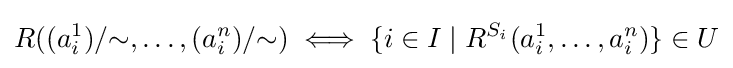
R((a_{i}^{1})/{\sim },\dots ,(a_{i}^{n})/{\sim })\iff \{i\in I\mid R^{S_{i}}(a_{i}^{1},\dots ,a_{i}^{n})\}\in U